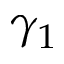
\gamma _ { 1 }